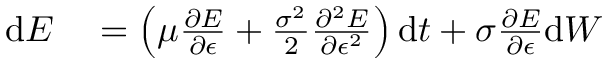
\begin{array} { r l } { \mathrm { d } E } & { { } = \left( \mu \frac { \partial E } { \partial \epsilon } + \frac { \sigma ^ { 2 } } { 2 } \frac { \partial ^ { 2 } E } { \partial \epsilon ^ { 2 } } \right) \mathrm { d } t + \sigma \frac { \partial E } { \partial \epsilon } \mathrm { d } { W } } \end{array}